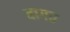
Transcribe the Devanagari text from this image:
बागत